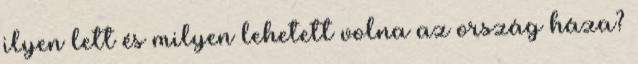
ilyen lett és milyen lehetett volna az ország háza?